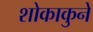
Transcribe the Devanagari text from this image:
शोकाकुने